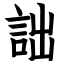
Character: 詘